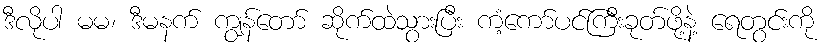
ဒီလိုပါ မမ၊ ဒီမနက် ကျွန်တော် ဆိုက်ထဲသွားပြီး ကံ့ကော်ပင်ကြီးခုတ်ဖို့နဲ့ ရေတွင်းကို